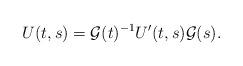
LaTeX: \begin{align*}U(t,s)=\mathcal{G}(t)^{-1}U'(t,s)\mathcal{G}(s).\end{align*}